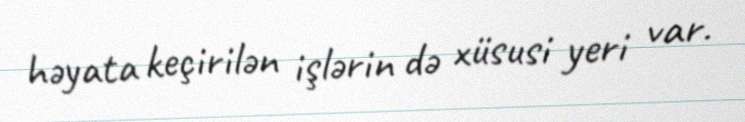
həyata keçirilən işlərin də xüsusi yeri var.